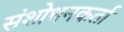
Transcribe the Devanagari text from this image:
संशोधनकर्ता